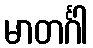
မာတင်္ဂါ